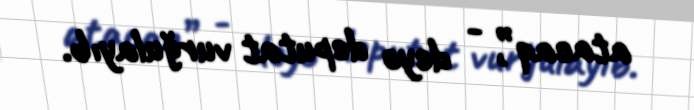
atacaq”, - deyə deputat vurğulayıb.